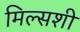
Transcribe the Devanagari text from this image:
मिल्सशी